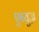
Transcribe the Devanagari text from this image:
एब्युज़